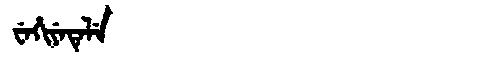
Manchu: ᠸᡝᡥᡳᠶᡝᡨᡝᠯᡝ
Romanization: WEHIYETELE